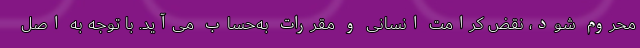
محروم شود، نقض کرامت انسانی و مقررات به‌حساب می‌آید. با توجه به اصل